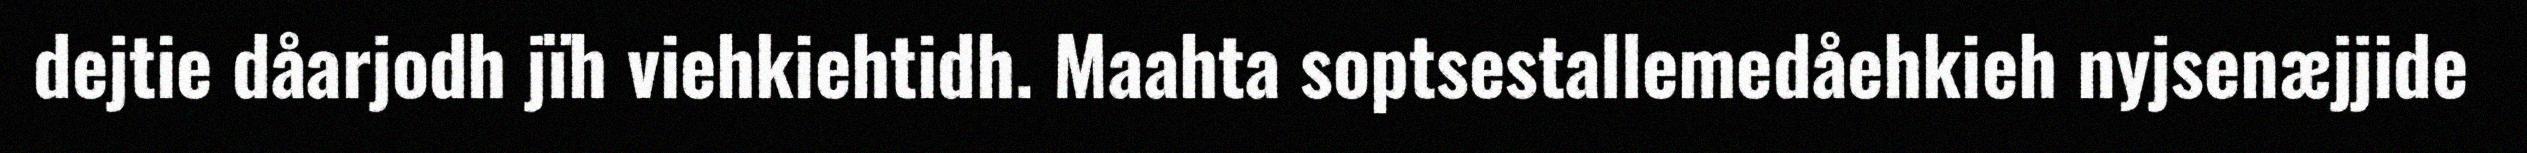
dejtie dåarjodh jïh viehkiehtidh. Maahta soptsestallemedåehkieh nyjsenæjjide